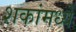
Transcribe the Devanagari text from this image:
शकांमध्ये